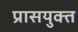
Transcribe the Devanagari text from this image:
प्रासयुक्त